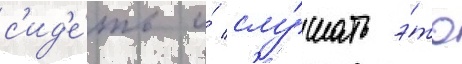
с'ид'е́ть и́ слу́шать э́то